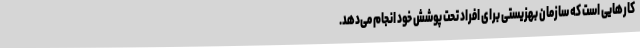
کارهایی است که سازمان بهزیستی برای افراد تحت پوشش خود انجام می‌دهد.